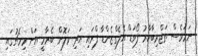
ނަމަވެސް ތަޖްރިބާކާރު ފޯވަޑް އެލެގްޒެންޑާ ފްރައި އަދި ވަލޮން ބެރާމީ އަށް މިމެޗުގައި